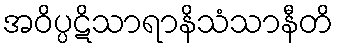
အဝိပ္ပဋိသာရာနိသံသာနီတိ